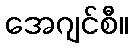
အေဂျင်စီ။